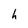
Character: h